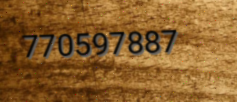
770597887